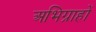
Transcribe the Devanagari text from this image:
अभिग्राहों